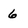
Character: 6